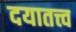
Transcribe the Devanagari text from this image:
दयातत्त्व